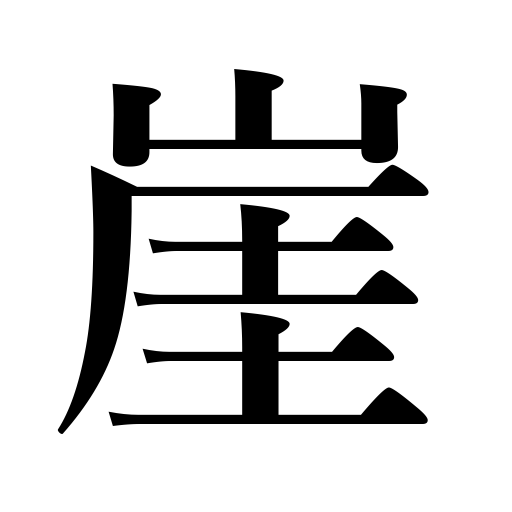
Meanings: precipice,cliff,bluff